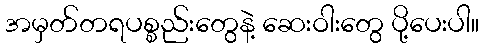
အမှတ်တရပစ္စည်းတွေနဲ့ ဆေးဝါးတွေ ပို့ပေးပါ။